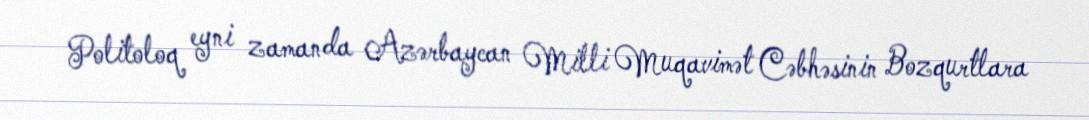
Politoloq eyni zamanda Azərbaycan Milli Muqavimət Cəbhəsinin Bozqurtlara